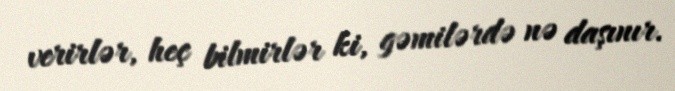
verirlər, heç bilmirlər ki, gəmilərdə nə daşınır.